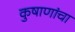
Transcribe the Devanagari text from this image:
कुषाणांचा